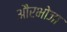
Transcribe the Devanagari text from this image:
औरभोजा